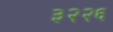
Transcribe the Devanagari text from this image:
३२२६